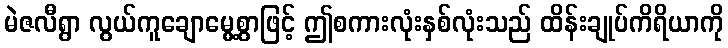
မဲဇလီရွာ လွယ်ကူချောမွေ့စွာဖြင့် ဤစကားလုံးနှစ်လုံးသည် ထိန်းချုပ်ကိရိယာကို